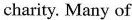
charity. Many of